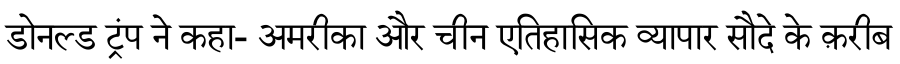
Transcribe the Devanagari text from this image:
डोनल्ड ट्रंप ने कहा- अमरीका और चीन एतिहासिक व्यापार सौदे के क़रीब